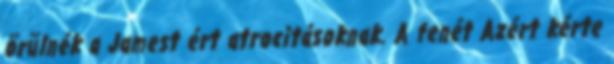
örülnék a Jamest ért atrocitásoknak. A fenét Azért kérte